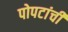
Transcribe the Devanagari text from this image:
पोपटांची